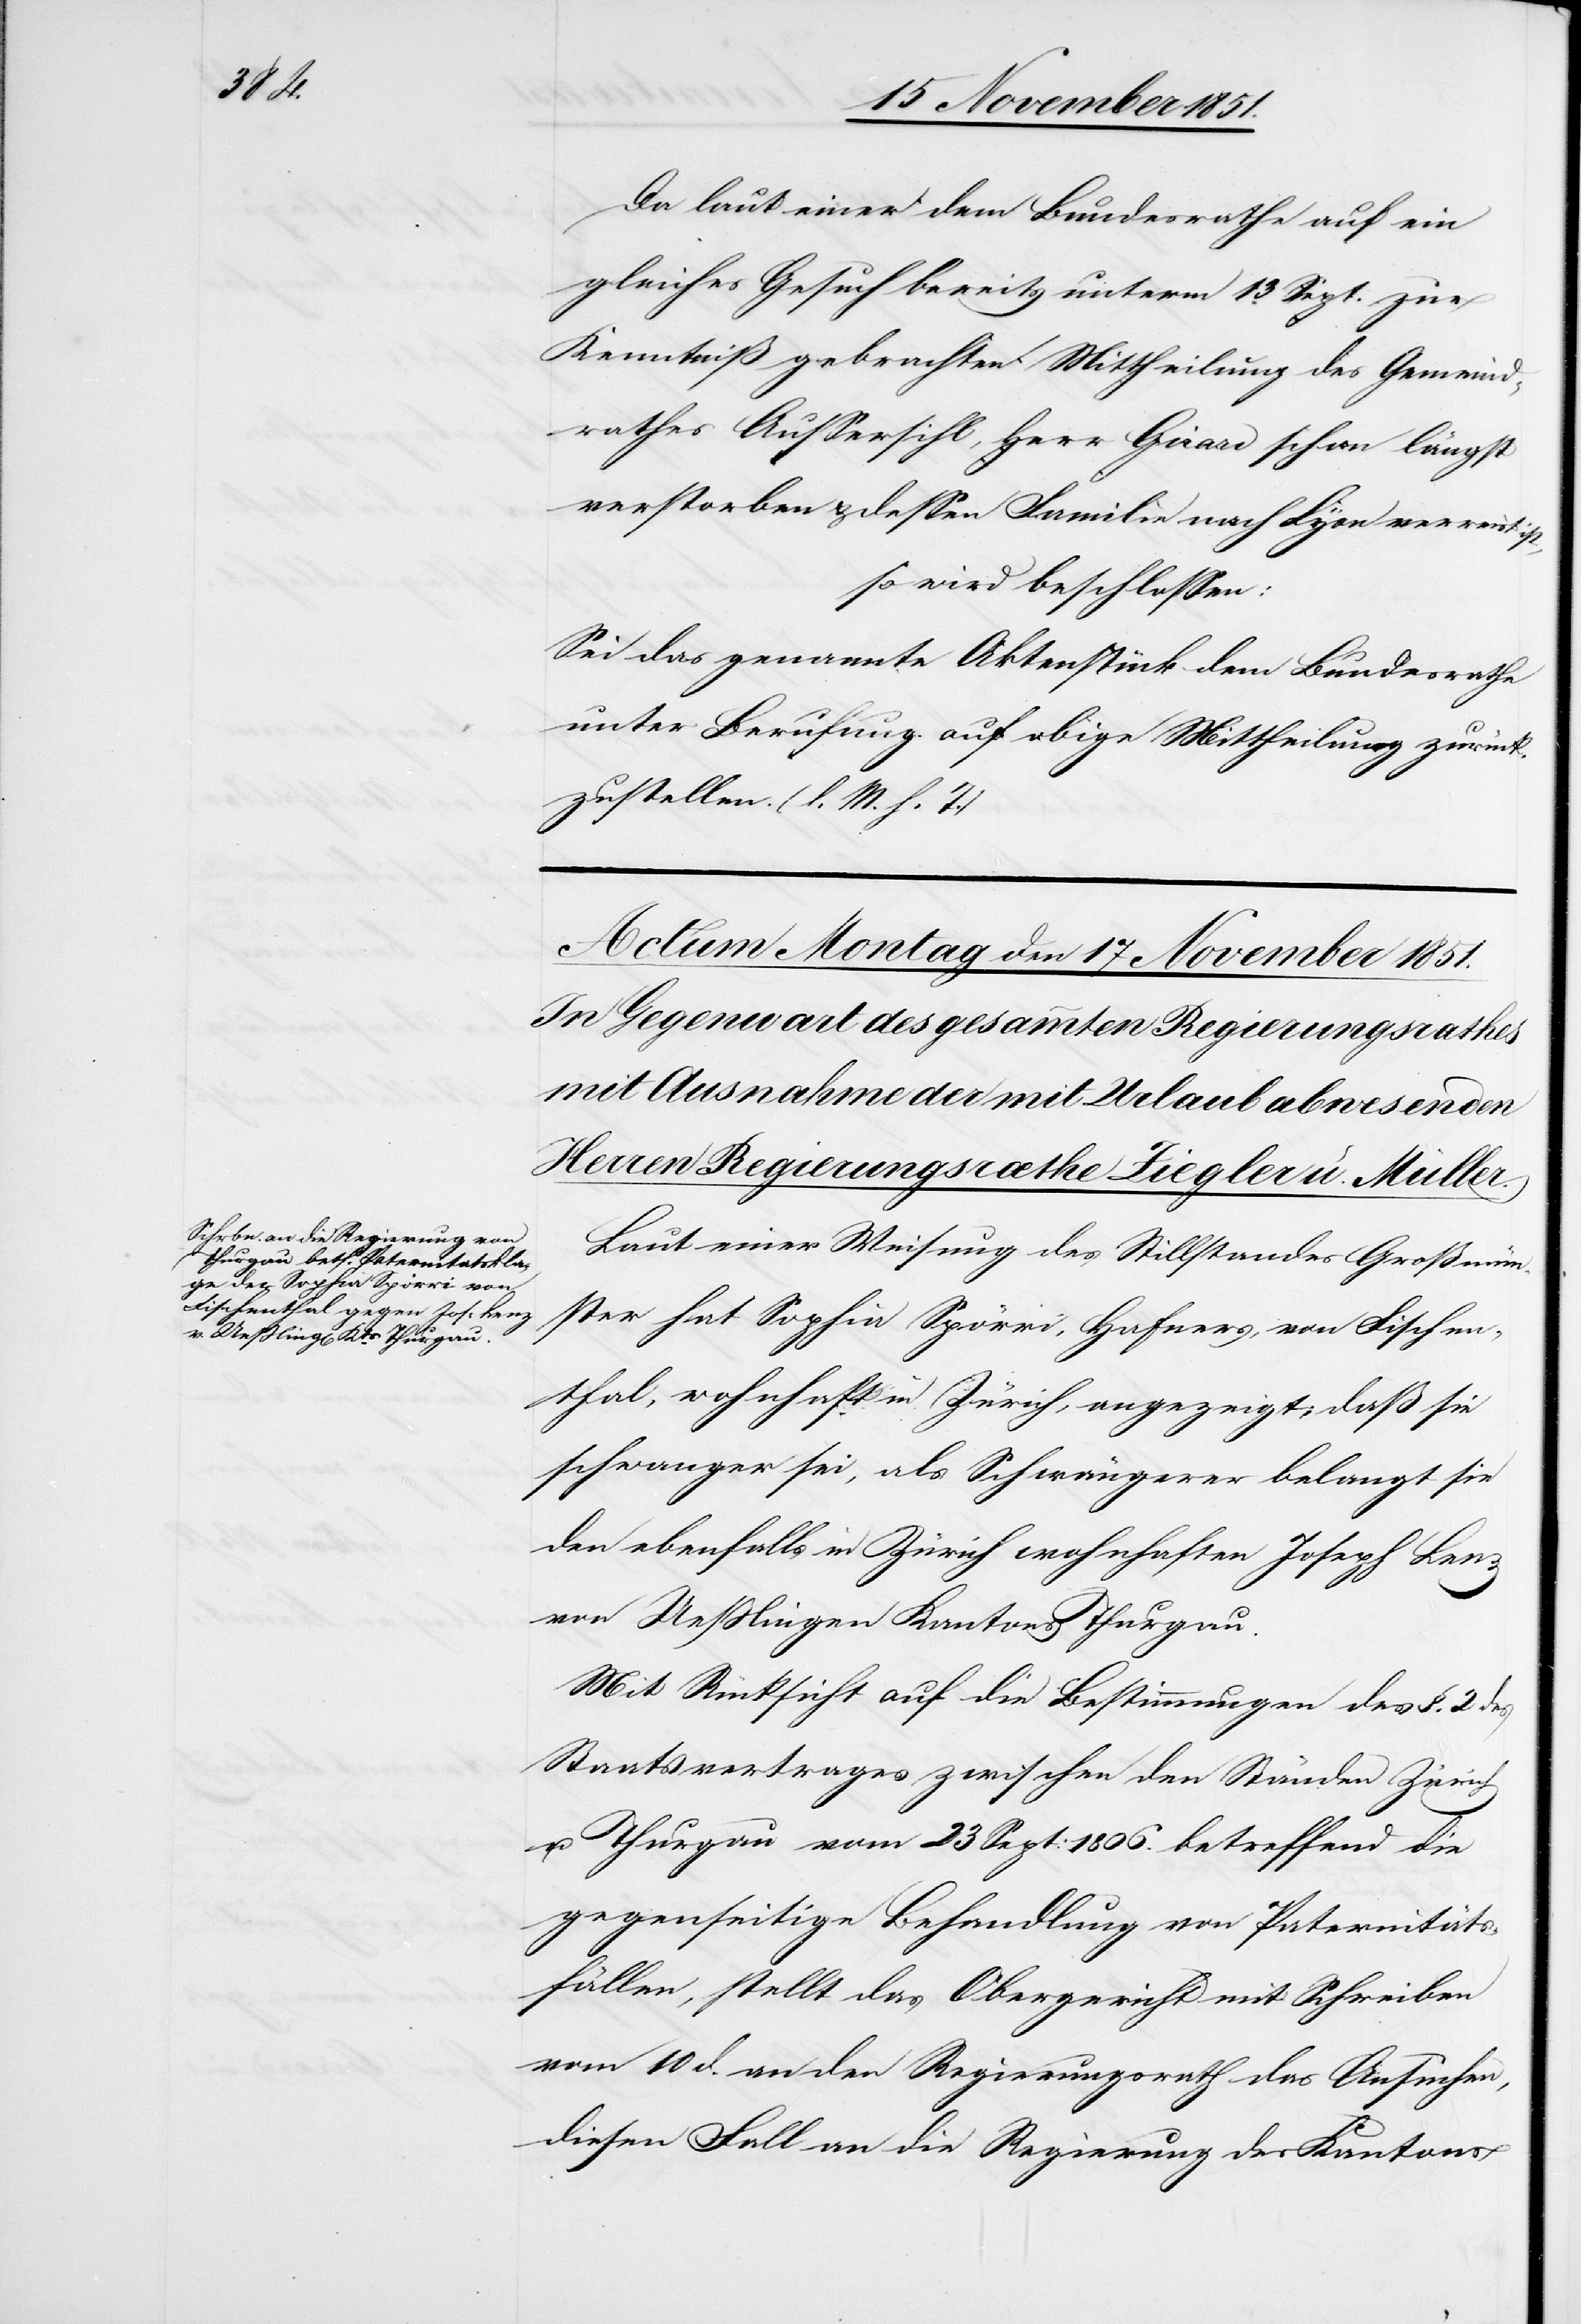
des

Da laut einer dem Bundesrathe auf ein
gleiches Gesuch bereits unterm 13 Sept. zur
Kenntniß gebrachten Mittheilung des Gemeind¬
rathes Aussersihl, Herr Girard schon längst
verstorben & dessen Familie nach Lyon verreist ist,
so wird beschlossen:
Sei das genannte Aktenstück dem Bundesrathe
unter Berufung auf obige Mittheilung zurück¬
zustellen. (l. M. h. T.)
Laut einer Weisung des Stillstandes Großmün¬
ster hat Sophia Spörri, Hafners, von Fischen¬
thal, wohnhaft in Zürich, angezeigt, daß sie
schwanger sei, als Schwängerer belangt sie
den ebenfalls in Zürich wohnhaften Joseph Lenz
von Ueßlingen Kantons Thurgau.
Mit Rücksicht auf die Bestimmungen des §. 2
Staatsvertrages zwischen den Ständen Zürich
u. Thurgau vom 23 Sept: 1806. betreffend die
gegenseitige Behandlung von Paternitäts¬
fällen, stellt das Obergericht mit Schreiben
vom 10 d. an den Regierungsrath das Ansuchen,
diesen Fall an die Regierung des Kantons